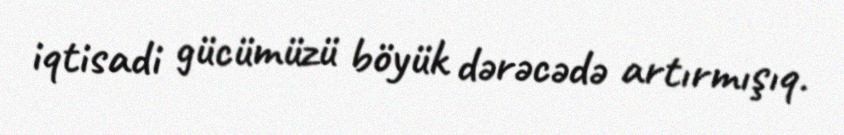
iqtisadi gücümüzü böyük dərəcədə artırmışıq.